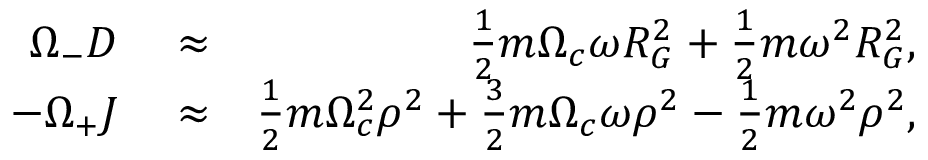
\begin{array} { r l r } { \Omega _ { - } D } & { { } \approx } & { \frac { 1 } { 2 } m \Omega _ { c } \omega R _ { G } ^ { 2 } + \frac { 1 } { 2 } m \omega ^ { 2 } R _ { G } ^ { 2 } , } \\ { - \Omega _ { + } J } & { { } \approx } & { \frac { 1 } { 2 } m \Omega _ { c } ^ { 2 } \rho ^ { 2 } + \frac { 3 } { 2 } m \Omega _ { c } \omega \rho ^ { 2 } - \frac { 1 } { 2 } m \omega ^ { 2 } \rho ^ { 2 } , } \end{array}